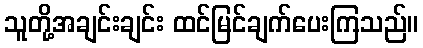
သူတို့အချင်းချင်း ထင်မြင်ချက်ပေးကြသည်။